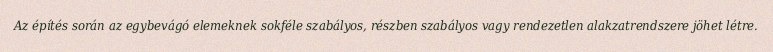
Az építés során az egybevágó elemeknek sokféle szabályos, részben szabályos vagy rendezetlen alakzatrendszere jöhet létre.